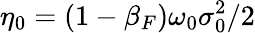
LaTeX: \eta_{0}=(1-\beta_{F})\omega_{0}\sigma_{0}^{2}/2